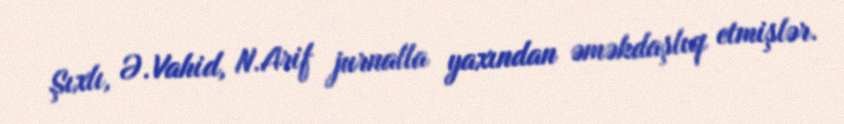
Şıxlı, Ə.Vahid, N.Arif jurnalla yaxından əməkdaşlıq etmişlər.